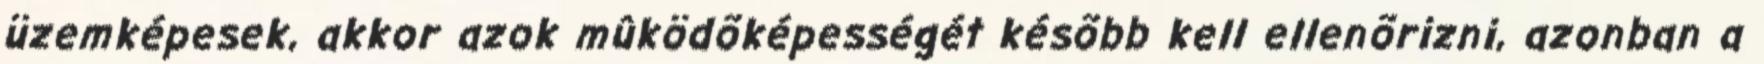
üzemképesek, akkor azok mûködõképességét késõbb kell ellenõrizni, azonban a